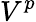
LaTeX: V^{p}